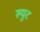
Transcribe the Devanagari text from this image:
श्युट